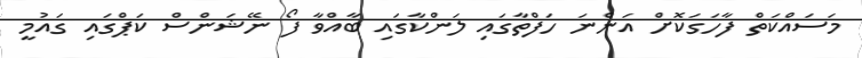
މަސައްކަތް ފާހަގަކޮށް އަންނަ ހަފްތާގައި ލަންކާގައި ބާއްވާ ފޯ ނޭޝަންސް ކަޕްގައި ގައުމީ